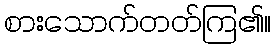
စားသောက်တတ်ကြ၏။